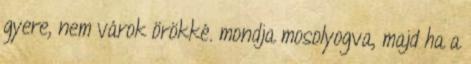
gyere, nem várok örökké. mondja mosolyogva, majd ha a